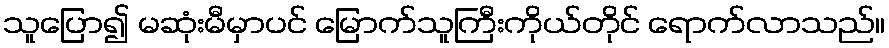
သူပြော၍ မဆုံးမီမှာပင် မြောက်သူကြီးကိုယ်တိုင် ရောက်လာသည်။